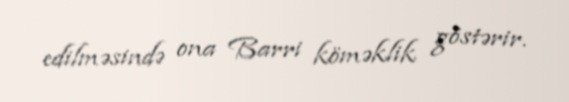
edilməsində ona Barri köməklik göstərir.